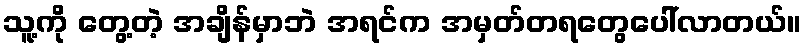
သူ့ကို တွေ့တဲ့ အချိန်မှာဘဲ အရင်က အမှတ်တရတွေပေါ်လာတယ်။